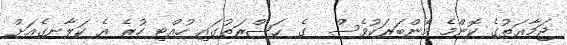
ޖަމާޢަތުގެ ކޮންމެ މެންބަރަކުވެސް  ގެ ޙަޟްރަތުގައި ހުއްޓި ހުރެ އެ ކަލާނގެއަށް